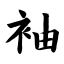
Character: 袖